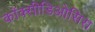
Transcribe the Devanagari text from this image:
कॉक्सीडिओसिस